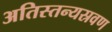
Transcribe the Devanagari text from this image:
अतिस्तन्यस्रवण